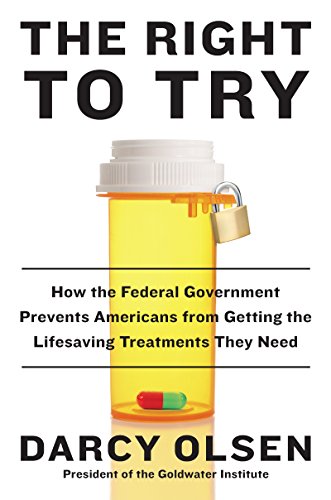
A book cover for The Right to Try: How the Federal Government Prevents Americans from Getting the Lifesaving Treatments They Need; Darcy Olsen; Medical Books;